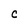
Character: c